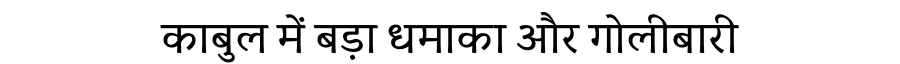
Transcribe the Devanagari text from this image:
काबुल में बड़ा धमाका और गोलीबारी